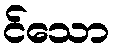
င်သော